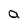
Character: a